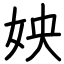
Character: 姎